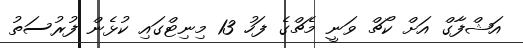
އަޝްފާގް އަށް ކޯޗް ވަނީ މެޗްގެ ފަހު 13 މިނިޓްގައި ކުޅެން ފުރުސަތު